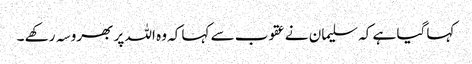
کہا گیا ہے کہ سلیمان نے عقوب سے کہا کہ وہ اللہ پر بھروسہ رکھے ۔